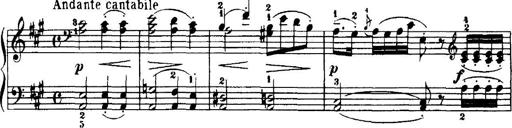
Title: 7 Sonatinas
Composer: Anton Diabelli